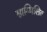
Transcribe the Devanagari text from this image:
साम्मिलित